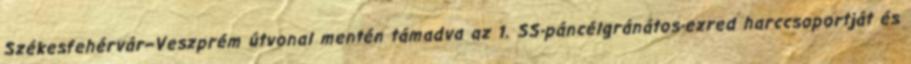
Székesfehérvár–Veszprém útvonal mentén támadva az 1. SS-páncélgránátos-ezred harccsoportját és